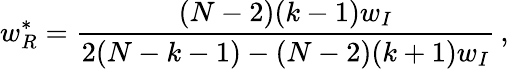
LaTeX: w_{R}^{*}=\frac{(N-2)(k-1)w_{I}}{2(N-k-1)-(N-2)(k+1)w_{I}}\, ,